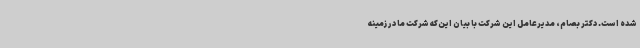
شده است. دکتر بصام، مدیرعامل این شرکت با بیان این‌که شرکت ما در زمینه